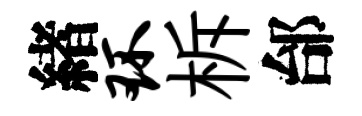
緖环柝邰